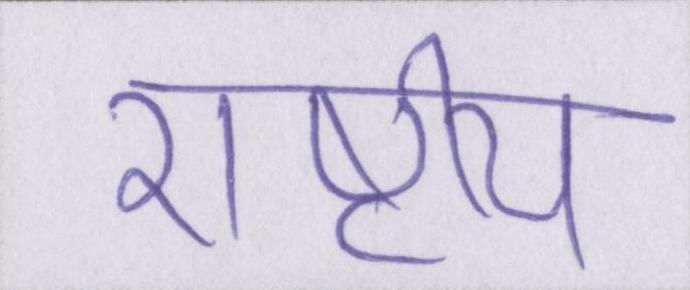
राष्टीय